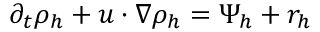
\partial _ { t } \rho _ { h } + u \cdot \nabla \rho _ { h } = \Psi _ { h } + r _ { h }